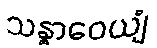
သန္ဓာဝေယျံ